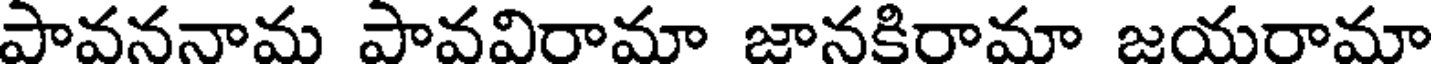
పావననామ పావవిరామా జానకిరామా జయరామా